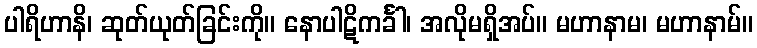
ပါရိဟာနိ၊ ဆုတ်ယုတ်ခြင်းကို။ နောပါဋိကင်္ခါ၊ အလိုမရှိအပ်။ မဟာနာမ၊ မဟာနာမ်။